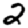
Digit: 2